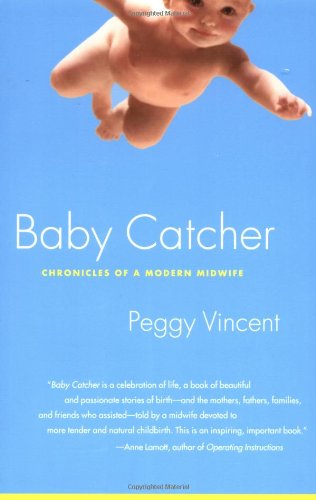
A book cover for Baby Catcher: Chronicles of a Modern Midwife; Peggy Vincent; Medical Books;